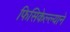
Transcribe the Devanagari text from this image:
फिसिकेल्ल्याने